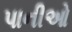
પાનીઓ